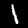
Label: 1